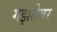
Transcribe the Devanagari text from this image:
गझलेवर